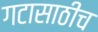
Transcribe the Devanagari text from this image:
गटासाठीच